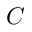
C